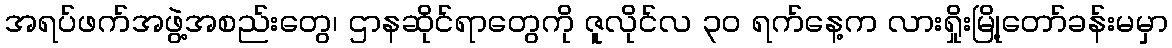
အရပ်ဖက်အဖွဲ့အစည်းတွေ၊ ဌာနဆိုင်ရာတွေကို ဇူလိုင်လ ၃ဝ ရက်နေ့က လားရှိုးမြို့တော်ခန်းမမှာ